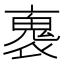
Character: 褢